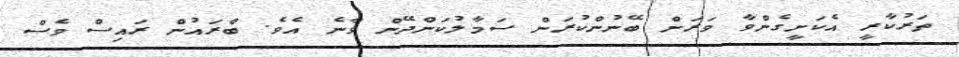
ތަރުކާރީ އެކަށީގެންވާ ވަރަށް ބޭނުންކުރަން ސަމާލުކަންދޭން ވާނެ އެވެ. ބްރައުން ރައިސް ވެސް